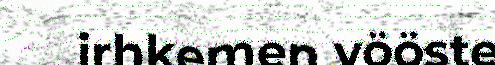
irhkemen vööste